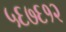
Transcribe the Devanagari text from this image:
५६७६१२